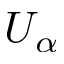
U _ { \alpha }